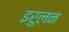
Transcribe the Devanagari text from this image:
इरुलन